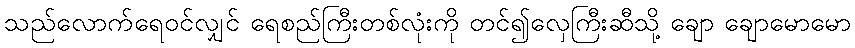
သည်လောက်ရေဝင်လျှင် ရေစည်ကြီးတစ်လုံးကို တင်၍လှေကြီးဆီသို့ ချော ချောမောမော